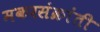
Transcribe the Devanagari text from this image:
मकरसंक्रांती